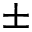
\pm